Indian journal of veterinary science and animal husbandry - Volumes 18-21, 1948-1951
Year: 1948
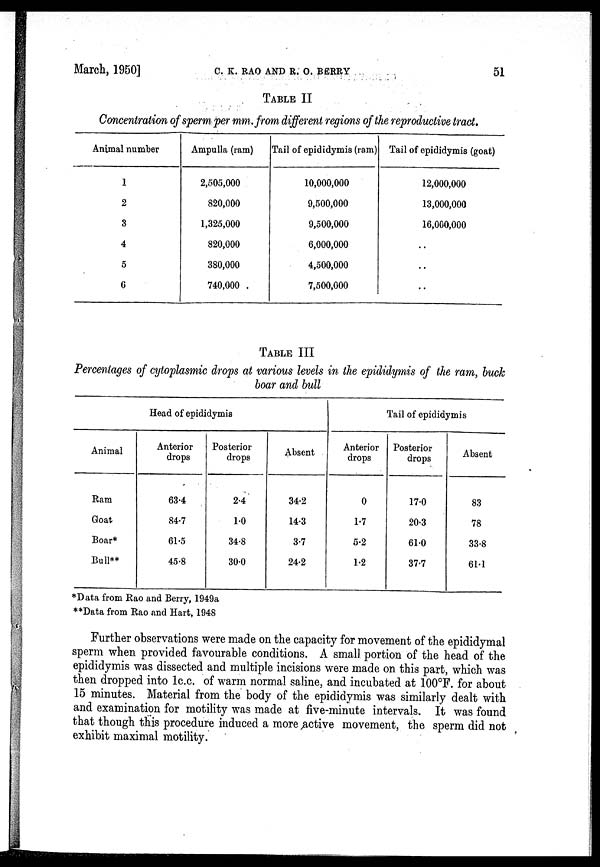
March, 1950]
C.
K.
RAO
AND
R.
O.
BERRY
51
TABLE II
Concentration of sperm per mm. from different regions of the reproductive tract.
Animal number
1
2
3
4
5
6
Ampulla (ram)
2,505,000
820,000
1,325,000
820,000
380,000
740,000
Tail of epididymis (ram)
10,000,000
9,500,000
9,500,000
6,000,000
4,500,000
7,500,000
Tail of epididymis (goat)
12,000,000
13,000,000
16,000,000
..
..
..
TABLE III
Percentages of cytoplasmic drops at various levels in the epididymis of the ram, buck
boar and bull
Head of epididymis
Animal
Ram
Goat
Boar*
Bull**
Anterior
drops
63.4
84.7
61.5
45.8
Posterior
drops
2.4
1.0
34.8
30.0
Absent
34.2
14.3
3.7
24.2
Tail of epididymis
Anterior
drops
0
1.7
5.2
1.2
Posterior
drops
17.0
20.3
61.0
37.7
Absent
83
78
33.8
61.1
*Data from Rao and Berry, 1949a
**Data from Rao and Hart, 1948
Further observations were made on the capacity for movement of the epididymal
sperm when provided favourable conditions. A small portion of the head of the
epididymis was dissected and multiple incisions were made on this part, which was
then dropped into 1c.c. of warm normal saline, and incubated at 100°F. for about
15 minutes. Material from the body of the epididymis was similarly dealt with
and examination for motility was made at five-minute intervals. It was found
that though this procedure induced a more active movement, the sperm did not
exhibit maximal motility.